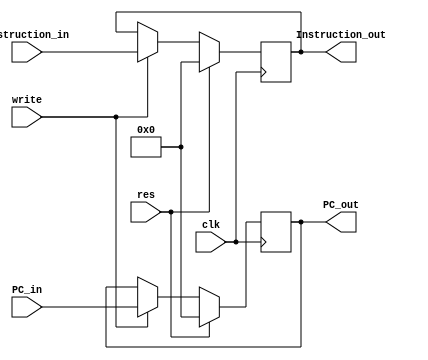
`timescale 1ns / 1ps

/// FIRST STAGE OF THE PIPELINE IF->ID

module STAGE_1_IF_ID #(parameter WIDTH = 32) (
    input clk,
    input res,
    input write,
    // Program Counter & Instruction - Fetch Phase
    input [WIDTH-1:0] PC_in,
    input [WIDTH-1:0] Instruction_in,
    // Program Counter & Instruction - Decode Phase
    output reg [WIDTH-1:0] PC_out,
    output reg [WIDTH-1:0] Instruction_out
);

    // Updating pipeline registers
    always @(posedge clk) begin
        // Reset the register values
        if (res) begin
            PC_out <= 0;
            Instruction_out <= 0;
        // Update the registers on a positive clock edge
        end else if (write) begin
            PC_out <= PC_in;
            Instruction_out <= Instruction_in;
        end
    end

endmodule